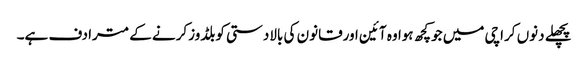
پچھلے دنوں کراچی میں جوکچھ ہوا وہ آئین اورقانون کی بالادستی کوبلڈوزکرنے کے مترادف ہے۔